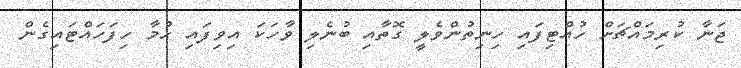
ޖަނާ ކުރިމައްޗަށް ހުއްޓިފައި ހިނިތުންވެލީ ގޮތާއި ބުނެލި ވާހަކަ އިވިފައި ހުމާ ހިފަހައްޓައިގެން